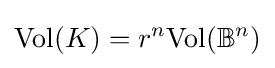
{\text{Vol}}(K)=r^{n}{\text{Vol}}(\mathbb {B} ^{n})